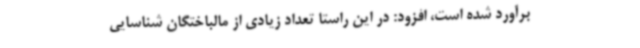
برآورد شده است، افزود: در این راستا تعداد زیادی از مالباختگان شناسایی